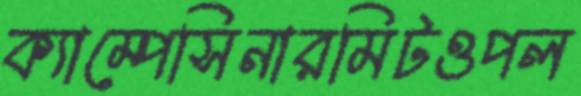
ক্যাম্পেসিনারমিটওপল